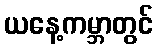
ယနေ့ကမ္ဘာတွင်